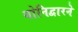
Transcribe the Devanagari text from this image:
योनिद्वारने